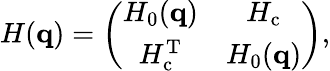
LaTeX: H(\mathbf{q})=\left(\begin{array}{cc}{H_{0}(\mathbf{q})}&{H_{\mathrm{c}}}\\ {H_{\mathrm{c}}^{\mathrm{T}}}&{H_{0}(\mathbf{q})}\end{array}\right),